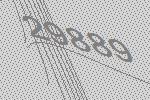
29889